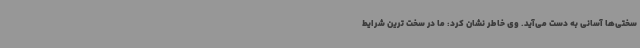
سختی‌ها آسانی به دست می‌آید. وی خاطر نشان کرد: ما در سخت ترین شرایط